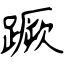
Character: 蹶